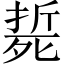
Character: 𣩂